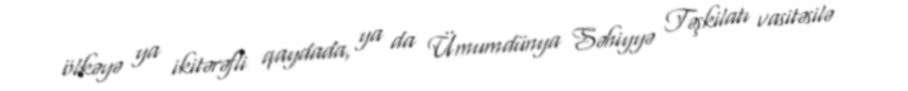
ölkəyə ya ikitərəfli qaydada, ya da Ümumdünya Səhiyyə Təşkilatı vasitəsilə